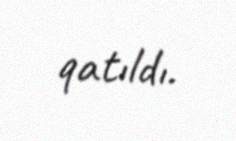
qatıldı.